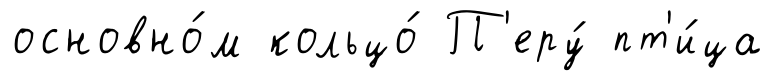
основно́м кольцо́ П'еру́ пт'и́ца